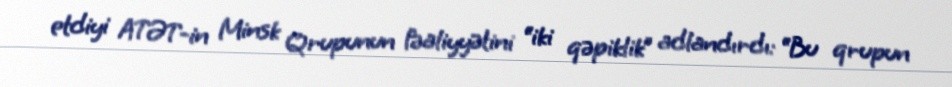
etdiyi ATƏT-in Minsk Qrupunun fəaliyyətini “iki qəpiklik” adlandırdı: “Bu qrupun